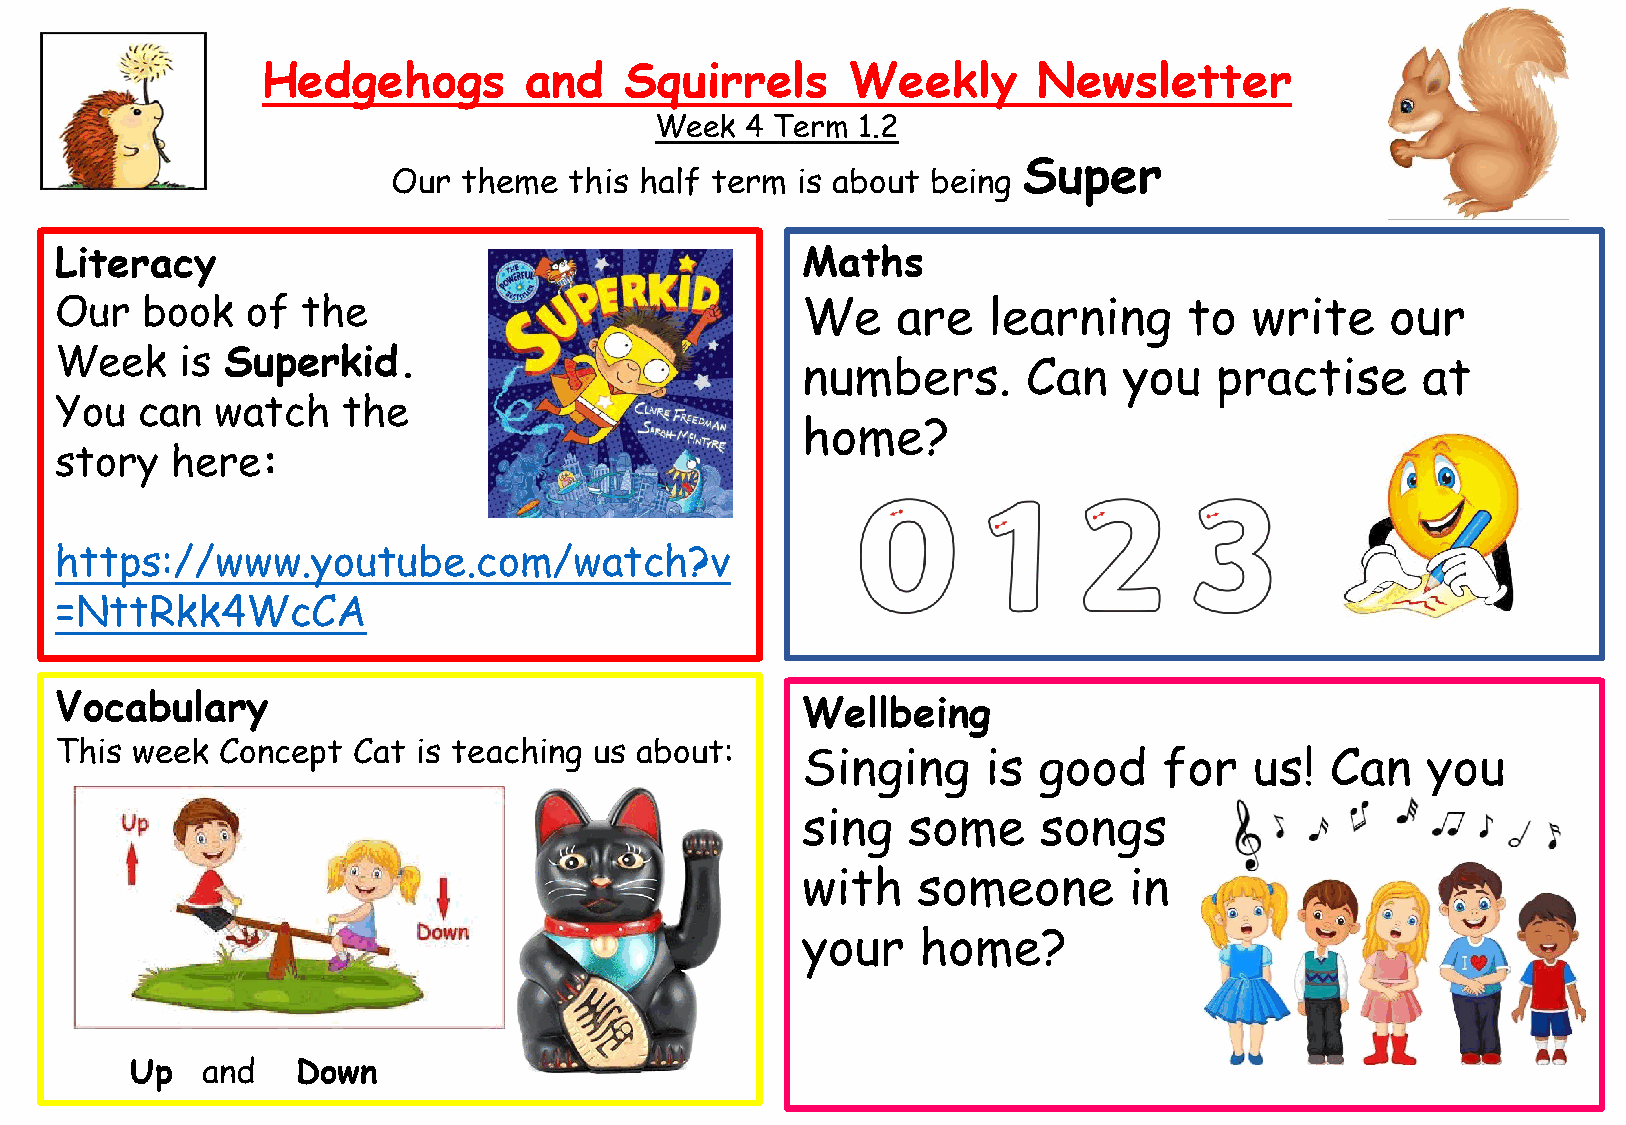
Hedgehogs         and   Squirrels      Weekly       Newsletter
 Week  4 Term  1.2
 Super
 Our  theme  this half term is about being
 Literacy                                         Maths
 Our  book   of  the                              We    are   learning      to  write    our
 Week    is Superkid.
 numbers.       Can   you   practise      at
 You  can  watch    the
 home?
 story  here:
 https://www.youtube.com/watch?v
 =NttRkk4WcCA
 Vocabulary                                       Wellbeing
 This week  Concept Cat  is teaching us about:
 Singing     is  good    for   us!  Can   you
 sing   some     songs
 with    someone       in
 your    home?
 Up  and    Down